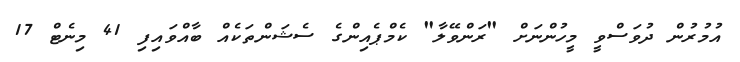
އުމުރުން ދުވަސްވީ މީހުންނަށް "ރަންވޭލާ" ކެމްޕެއިންގެ ސެޝަންތަކެއް ބާއްވައިފި 41 މިނެޓް 17